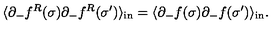
\langle \partial _ { - } f ^ { R } ( \sigma ) \partial _ { - } f ^ { R } ( \sigma ^ { \prime } ) \rangle _ { \mathrm { { i n } } } = \langle \partial _ { - } f ( \sigma ) \partial _ { - } f ( \sigma ^ { \prime } ) \rangle _ { \mathrm { i n } } .